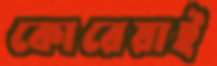
কোরেয়াই